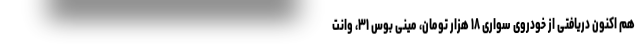
هم اکنون دریافتی از خودروی سواری ۱۸ هزار تومان، مینی بوس ۳۱، وانت